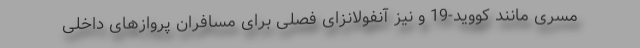
مسری مانند کووید-19 و نیز آنفولانزای فصلی برای مسافران پروازهای داخلی